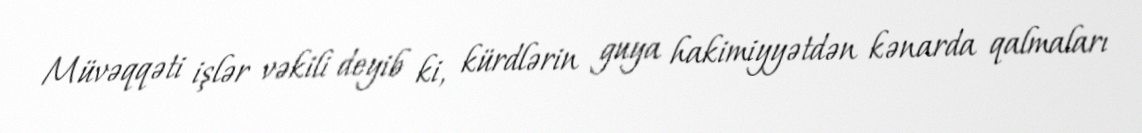
Müvəqqəti işlər vəkili deyib ki, kürdlərin guya hakimiyyətdən kənarda qalmaları